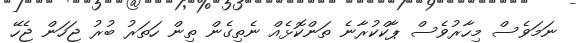
ނަމަވެސް މިހާރުވެސް ޕާކްކުރާނެ ތަންކޮޅެއް ނެތިގެން ތިން ހަތަރު ބުރު ޖަހަން ޖެހޭ